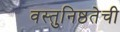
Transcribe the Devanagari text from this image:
वस्तुनिष्ठतेची